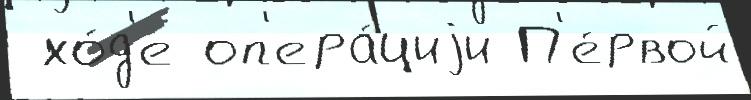
 хо́д'е оп'ера́циjи П'е́рвой